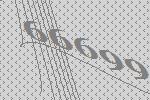
66699